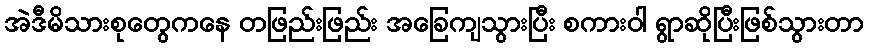
အဲဒီမိသားစုတွေကနေ တဖြည်းဖြည်း အခြေကျသွားပြီး စကားဝါ ရွာဆိုပြီးဖြစ်သွားတာ